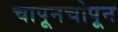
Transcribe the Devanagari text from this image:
चापूनचोपून